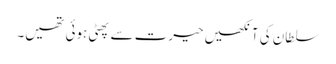
سلطان کی آنکھیں حیرت سے پھٹی ہوئی تھیں۔